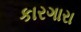
કારગારા